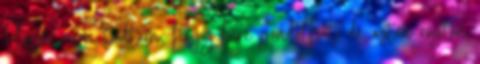
Először nem tudtam, hogy kire gondolhat, de aztán rögtön